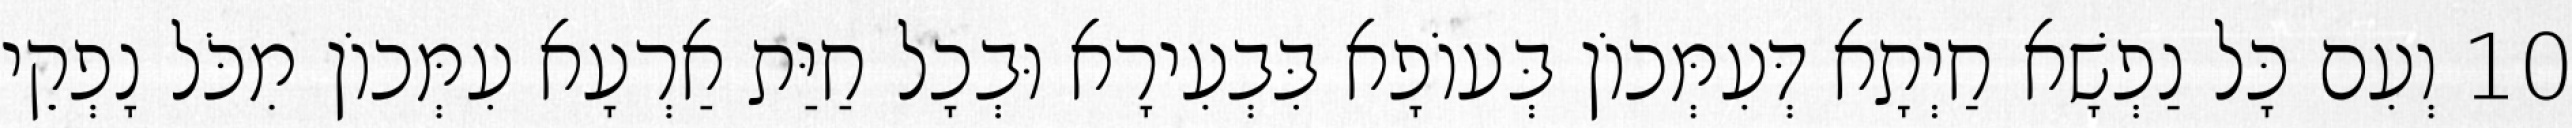
10 וְעִם כָּל נַפְשָׁא חַיְתָא דְּעִמְּכוֹן בְּעוֹפָא בִּבְעִירָא וּבְכָל חַיַּת אַרְעָא עִמְּכוֹן מִכֹּל נָפְקֵי